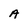
Character: A